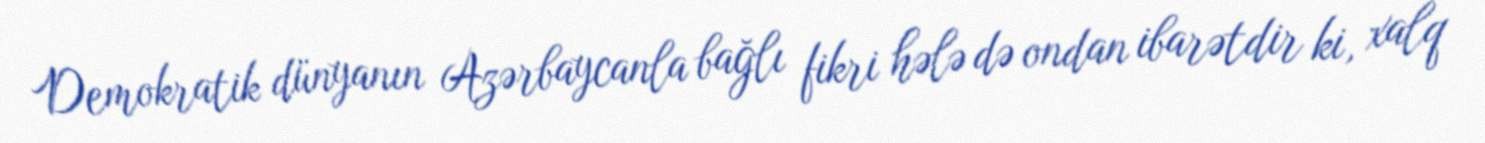
Demokratik dünyanın Azərbaycanla bağlı fikri hələ də ondan ibarətdir ki, xalq